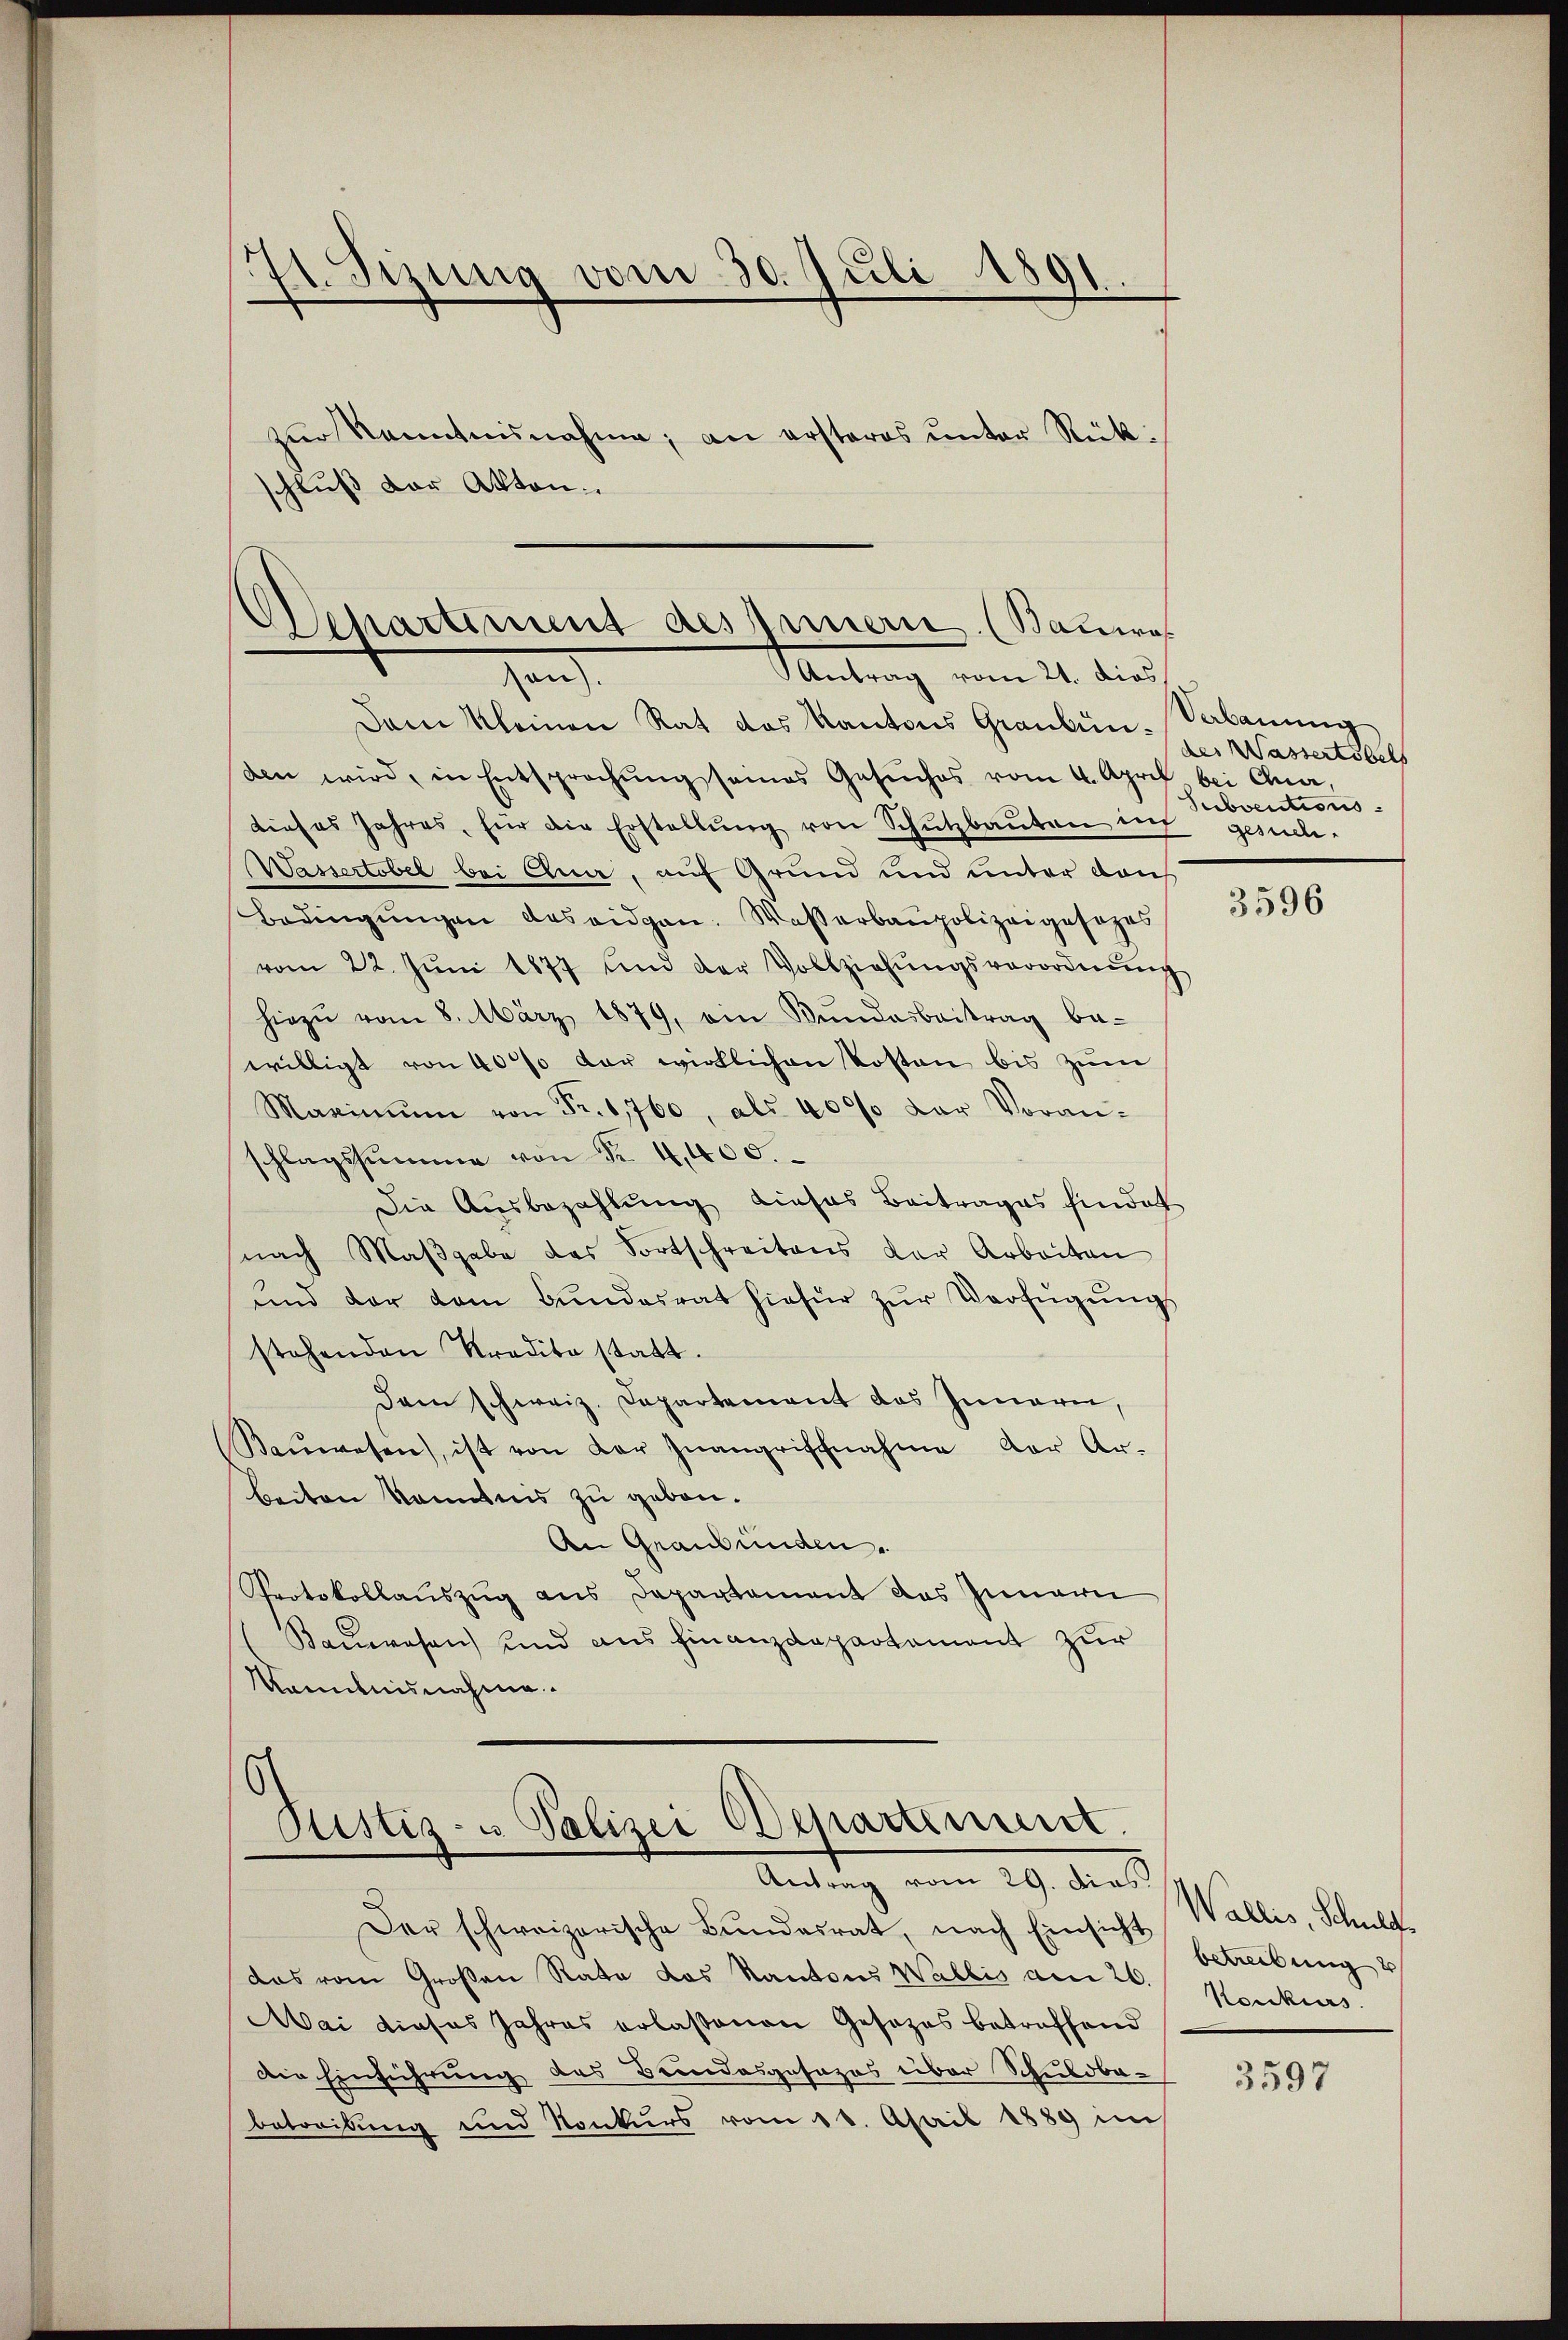
41. Sizung vom 30. Juli 1891.
zŭr Kenntnisnahme, an ersteres unter Rückschluß der Akten.

Departement des Innern (Bauwes
Mitung vom 21. dies
nd

Dam kleinen Rat das Kantons Graubün-Sabanung
den wird, in Entsprechŭng seines Gesŭches vom 4. April bei Car
dieses Jahres, für die Erstellŭng von Schŭtzbaŭten in
Wassertobel bei Quer, auf Grund und unter den
Bedingŭngen des eidgen. Wasserbaupolizeigesezes
vom 22. Jŭni 1877 und der Vollziehŭngsverordnŭng
hiezŭ vom 8. März 1879, ein Bŭndesbeitrag be-
willigt von 40% der wirklichen Kosten bis zum
Maximŭm von Fr. 1,760, als 400% der Voran-
schlagssumme von Nr. 4,400.
Die Ausbezahlung dieses Beitrages hindet
nach Maβgabe das Fortschreitens der Arbeiten
ŭnd der dem Bŭndesrat hiefür zŭr Verfügŭngs
stehenden Kredita statt.
Dem schweiz. Departement das Innern,
Baŭwesen, ist von der Zŭangrischnahme der Ar-
beiten kanntnis zu geben.
An Graubünden.
Protokollaŭszŭg ans Departament das Innerei
(Baŭwesen und aus finanzdepartament zur
Kenntnisnahme.

.
Ptistiz- u Polizei Departement.
Antrag vom 29. dies

Der schweizerische Bundesrat, nach Einsicht
das vom Großen Rata das Kantons Wallis am 26./ Konkurs
Mai dieses Jahres erlaßenen Gesetzes betreffend
Die Einführung des Bundesgesezes über Schuldbebetreibung und Konkurs vom 16. April 1889 im

des Wassertobels
Subventionsgesuch.

3596

Wallis, Schuldt
betreibung

3597